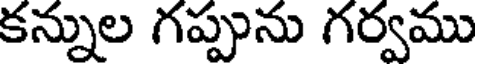
కన్నుల గప్పును గర్వము